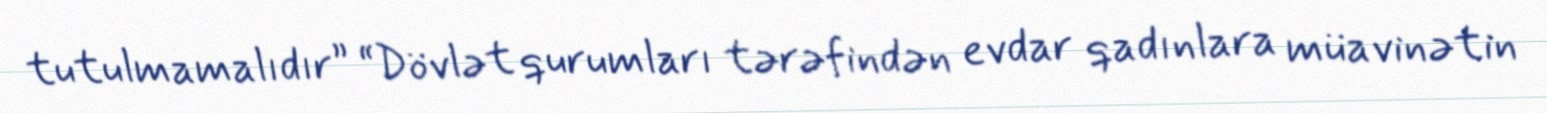
tutulmamalıdır” “Dövlət qurumları tərəfindən evdar qadınlara müavinətin